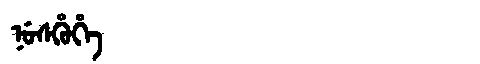
Manchu: ᠨᡠᠰᡥᡠᡥᡝ
Romanization: NUSHUHE